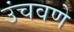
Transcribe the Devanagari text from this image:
उंचवणे